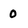
Character: 0